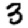
Digit: 3